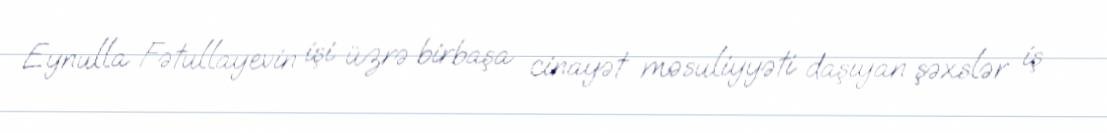
Eynulla Fətullayevin işi üzrə birbaşa cinayət məsuliyyəti daşıyan şəxslər iş